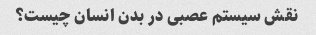
نقش سیستم عصبی در بدن انسان چیست؟